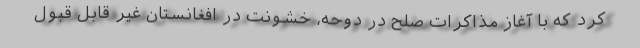
کرد که با آغاز مذاکرات صلح در دوحه، خشونت در افغانستان غیر قابل قبول